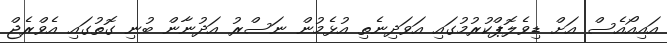
އައިއޯއެސް އަށް ޑިވެލޮޕްކުރުމުގައި އަވަދިނެތި އުޅެމުން ނަސްރު އަދުނާން ބުނި ގޮތުގައި އެވްރެޖް